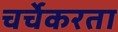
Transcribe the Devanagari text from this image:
चर्चेकरता